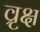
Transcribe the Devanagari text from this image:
व्रृक्ष